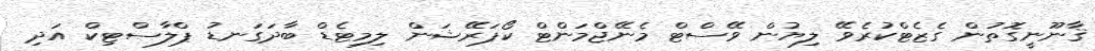
ޤާނޫނީގޮތުން ގެޒެޓްކުރެވޭ ލިޔުން ވޭސްޓް މެނޭޖްމަންޓް ކޯޕަރޭޝަން ލިމިޓެޑް ބާދަގަނޑު ޕްލާސްޓިކް އަދި